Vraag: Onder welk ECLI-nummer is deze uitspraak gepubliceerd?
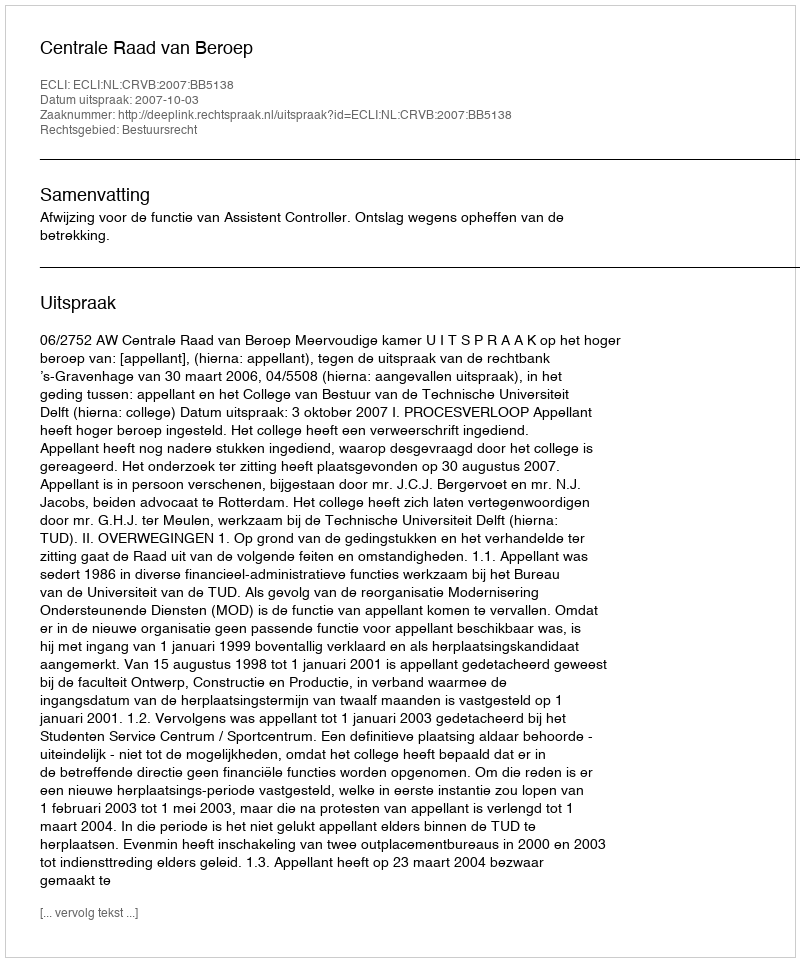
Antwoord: ECLI:NL:CRVB:2007:BB5138